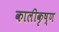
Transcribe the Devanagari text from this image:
कालीकृष्ण